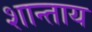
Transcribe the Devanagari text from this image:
शान्ताय